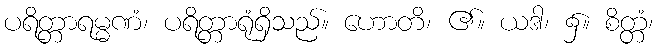
ပရိတ္တာရမ္မဏံ၊ ပရိတ္တာရုံရှိသည်။ ဟောတိ၊ ၏။ ယဒါ၊ ၌။ စိတ္တံ၊